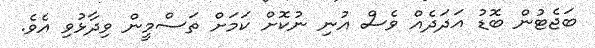
ބަޖެޓުން ބޮޑު އަދަދެއް ވެސް އުނި ނުކޮށް ކަމަށް ތަސްމީން ވިދާޅުވި އެވެ.